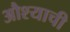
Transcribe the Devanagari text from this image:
औश्याची